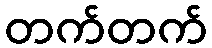
တက်တက်